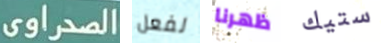
الصحراوى لفعل ظهرنا ستيك